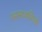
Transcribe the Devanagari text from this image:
रस्साकशियों